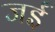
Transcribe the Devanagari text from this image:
जईं